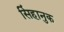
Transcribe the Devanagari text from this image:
सिंहानुक